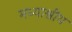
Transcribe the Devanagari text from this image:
मध्याश्वीय